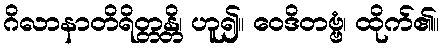
ဂိလာနာတိရိတ္တန္တိ၊ ဟူ၍။ ဝေဒိတဗ္ဗံ၊ ထိုက်၏။